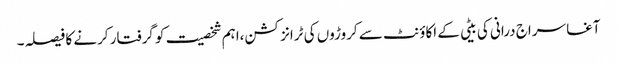
آغا سراج درانی کی بیٹی کے اکاؤنٹ سے کروڑوں کی ٹرانزکشن،اہم شخصیت کو گرفتار کرنے کا فیصلہ۔